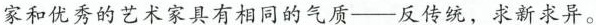
家。有创意的科学家和优秀的艺术家具有相同的气质--反传统，求新求异。